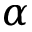
\alpha